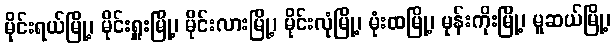
မိုင်းရယ်မြို့၊ မိုင်းရှူးမြို့၊ မိုင်းလားမြို့၊ မိုင်းလုံမြို့၊ မုံးထမြို့၊ မုန်းကိုးမြို့၊ မူဆယ်မြို့၊